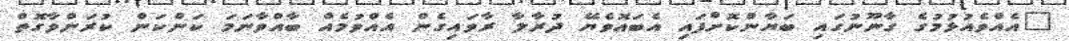
"އެއްވެއުޅުމުގެ ގާނޫނުގައި ބަޔާންކޮށްފައި އެބައޮވެޔޭ ދުރާލާ ރާވައިގެން އެއްވުމެއް ބާއްވާނަމަ ކަންކަން ކުރަންވާގޮތް